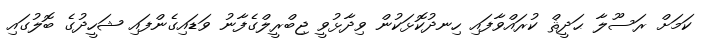
ކަމަށް ރަސޫލާ ޙަދީޘް ކުރައްވާފައި ހިނދުކޮޅަކުން ވިދާޅުވީ ޖިބްރީލްގެފާނު ވަޑައިގެންފައި ޝަހީދުގެ ބޮލުގައި